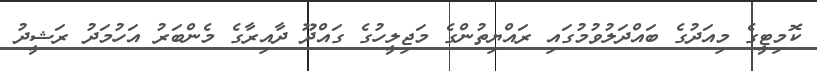
ކޮމިޓީގެ މިއަދުގެ ބައްދަލުވުމުގައި ރައްޔިތުންގެ މަޖިލީހުގެ ގައްދޫ ދާއިރާގެ މެންބަރު އަހުމަދު ރަޝީދު